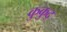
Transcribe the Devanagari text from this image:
कुकुद्